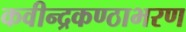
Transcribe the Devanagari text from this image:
कवीन्द्रकण्ठाभरण